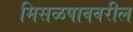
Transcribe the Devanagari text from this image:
मिसळपाववरील